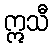
ဣသီ